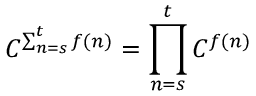
C ^ { \sum _ { n = s } ^ { t } f ( n ) } = \prod _ { n = s } ^ { t } C ^ { f ( n ) } \quad